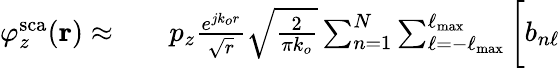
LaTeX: \begin{array}{rlr}{\varphi_{z}^{\mathrm{sca}}(\mathbf{r})\approx}&{{}}&{p_{z}\frac{e^{jk_{o}r}}{\sqrt{r}}\sqrt{\frac{2}{\pi k_{o}}}\sum_{n=1}^{N}\sum_{\ell=-\ell_{\mathrm{max}}}^{\ell_{\mathrm{max}}}\bigg[b_{n\ell}}\end{array}